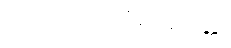
ယဝပါလကဝိမာနဝတ္ထု